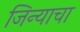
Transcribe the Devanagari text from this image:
जिन्याचा